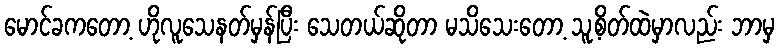
မောင်ခကတော့ ဟိုလူသေနတ်မှန်ပြီး သေတယ်ဆိုတာ မသိသေးတော့ သူ့စိတ်ထဲမှာလည်း ဘာမှ